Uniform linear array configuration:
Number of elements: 64
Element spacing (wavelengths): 0.75
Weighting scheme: uniform
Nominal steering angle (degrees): -30
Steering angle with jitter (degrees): -28.003
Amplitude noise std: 0.05
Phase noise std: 0.05

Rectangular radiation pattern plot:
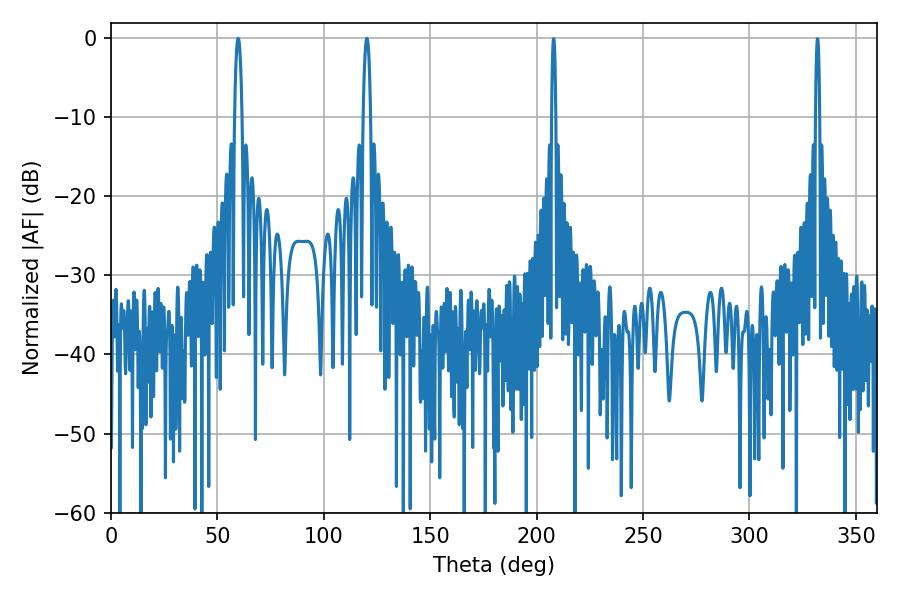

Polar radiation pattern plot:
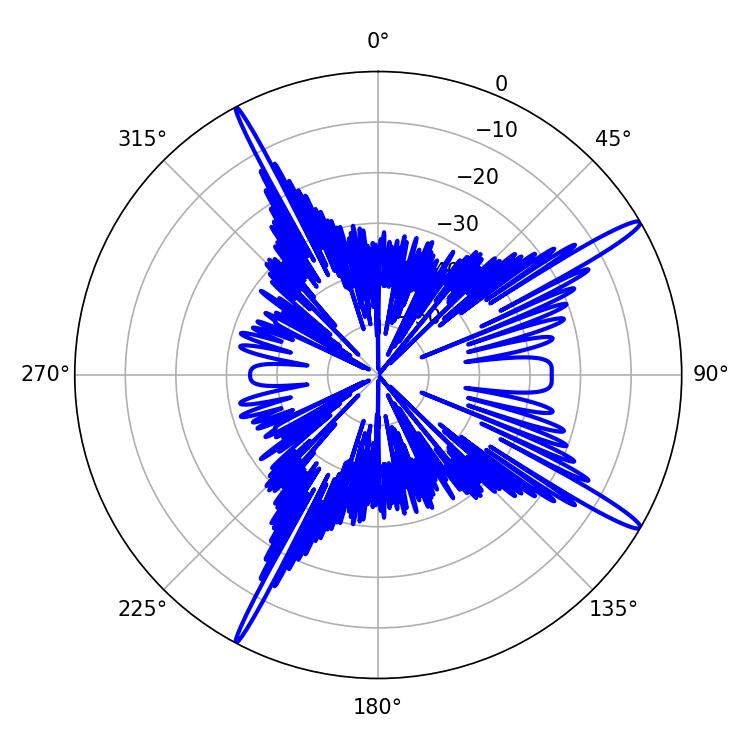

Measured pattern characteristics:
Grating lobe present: TRUE
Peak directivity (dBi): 16.06
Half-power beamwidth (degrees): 1.8
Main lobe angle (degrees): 120.24